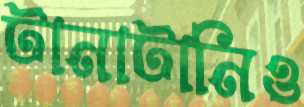
টানাটানিও